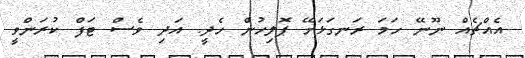
އެއްޗެއް ނޫނޭ ހަމަ ރަނގަޅަށޭ ޕޮލިހުން ހެދީ. އަދި ވެސް ޓަފް ކުރަންވީ